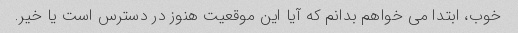
خوب، ابتدا می خواهم بدانم که آیا این موقعیت هنوز در دسترس است یا خیر.